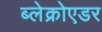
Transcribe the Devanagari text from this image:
ब्लेक्रोएडर